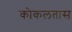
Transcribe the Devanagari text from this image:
कोकलतास